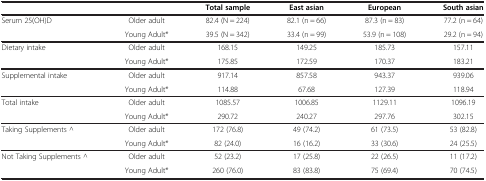
<table><thead><tr><td><b> </b></td><td><b> </b></td><td><b>Total sample</b></td><td><b>East asian</b></td><td><b>European</b></td><td><b>South asian</b></td></tr></thead><tbody><tr><td>Serum 25(OH)D</td><td>Older adult</td><td>82.4 (N = 224)</td><td>82.1 (n = 66)</td><td>87.3 (n = 83)</td><td>77.2 (n = 64)</td></tr><tr><td> </td><td>Young Adult*</td><td>39.5 (N = 342)</td><td>33.4 (n = 99)</td><td>53.9 (n = 108)</td><td>29.2 (n = 94)</td></tr><tr><td>Dietary intake</td><td>Older adult</td><td>168.15</td><td>149.25</td><td>185.73</td><td>157.11</td></tr><tr><td> </td><td>Young Adult*</td><td>175.85</td><td>172.59</td><td>170.37</td><td>183.21</td></tr><tr><td>Supplemental intake</td><td>Older adult</td><td>917.14</td><td>857.58</td><td>943.37</td><td>939.06</td></tr><tr><td> </td><td>Young Adult*</td><td>114.88</td><td>67.68</td><td>127.39</td><td>118.94</td></tr><tr><td>Total intake</td><td>Older adult</td><td>1085.57</td><td>1006.85</td><td>1129.11</td><td>1096.19</td></tr><tr><td> </td><td>Young Adult*</td><td>290.72</td><td>240.27</td><td>297.76</td><td>302.15</td></tr><tr><td>Taking Supplements ^</td><td>Older adult</td><td>172 (76.8)</td><td>49 (74.2)</td><td>61 (73.5)</td><td>53 (82.8)</td></tr><tr><td> </td><td>Young Adult*</td><td>82 (24.0)</td><td>16 (16.2)</td><td>33 (30.6)</td><td>24 (25.5)</td></tr><tr><td>Not Taking Supplements ^</td><td>Older adult</td><td>52 (23.2)</td><td>17 (25.8)</td><td>22 (26.5)</td><td>11 (17.2)</td></tr><tr><td> </td><td>Young Adult*</td><td>260 (76.0)</td><td>83 (83.8)</td><td>75 (69.4)</td><td>70 (74.5)</td></tr></tbody></table>